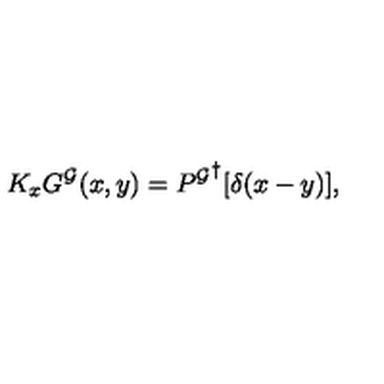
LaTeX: K _ { x } G ^ { \cal G } ( x , y ) = { P ^ { \cal G } } ^ { \dagger } [ \delta ( x - y ) ] ,